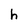
Character: h